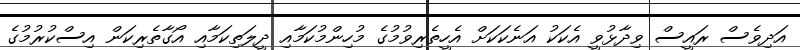
އަދިވެސް ރައީސް ވިދާޅުވީ އެކަކު އަނެކަކަށް އެހީތެރިވުމުގެ މުހިންމުކަމާއި ދީލަތިކަމާއި އޯގާތެރިކަން އިސްކުރުމުގެ